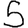
Digit: 5